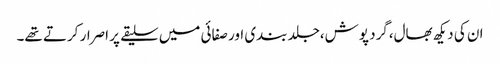
ان کی دیکھ بھال،گرد پوش،جلد بندی اور صفائی میں سلیقے پر اصرار کرتے تھے۔